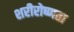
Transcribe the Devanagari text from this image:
शरीरोष्णता